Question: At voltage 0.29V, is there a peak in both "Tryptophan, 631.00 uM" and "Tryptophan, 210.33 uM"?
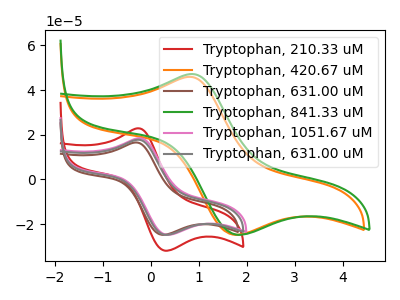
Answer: <think>The red curve "Tryptophan, 210.33 uM" has an anodic peak at (-0.25V, 22.90uA) and a cathodic peak at (0.30V, -31.85uA). The orange curve "Tryptophan, 420.67 uM" has an anodic peak at (0.80V, 45.90uA) and a cathodic peak at (1.75V, -24.70uA). The brown curve "Tryptophan, 631.00 uM" has an anodic peak at (-0.30V, 16.55uA) and a cathodic peak at (0.25V, -24.75uA). The green curve "Tryptophan, 841.33 uM" has an anodic peak at (0.85V, 47.15uA) and a cathodic peak at (1.80V, -24.70uA). The pink curve "Tryptophan, 1051.67 uM" has an anodic peak at (-0.25V, 18.45uA) and a cathodic peak at (0.35V, -24.70uA). The gray curve "Tryptophan, 631.00 uM" has an anodic peak at (-0.25V, 17.75uA) and a cathodic peak at (0.30V, -24.70uA).</think>
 <answer>Yes, "Tryptophan, 631.00 uM" and "Tryptophan, 210.33 uM" share a peak at 0.29V.</answer>
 <eval>match</eval>